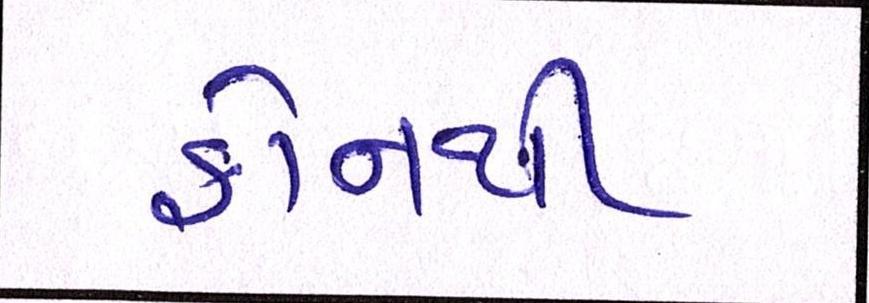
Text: ફોનથી